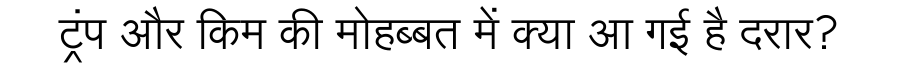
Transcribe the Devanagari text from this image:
ट्रंप और किम की मोहब्बत में क्या आ गई है दरार?